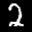
Label: 2